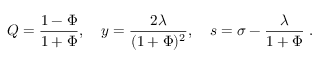
Q = \frac { 1 - \Phi } { 1 + \Phi } , \quad y = \frac { 2 \lambda } { ( 1 + \Phi ) ^ { 2 } } , \quad s = \sigma - \frac { \lambda } { 1 + \Phi } \; .